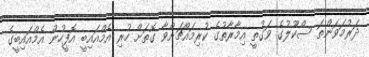
ދަރުމަވަންތަ ސްކޫލުގެ ވަގުތީ އިމާރާތުގެ ކުރިމައްޗަށްވާ ގޮތަށް ހުރި އެމްއައިބީ އޮފީހުން އެމްއައިބީގެ